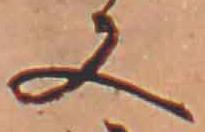
又